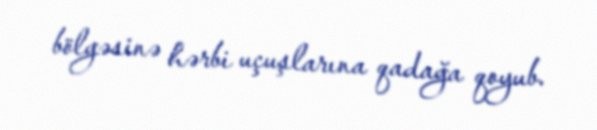
bölgəsinə hərbi uçuşlarına qadağa qoyub.